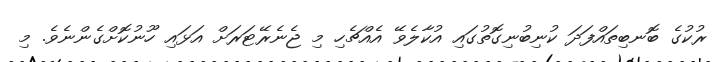
ރުކުގެ ބޮނބިތައްފަދަ ކުނިބުނިގޮތުގައި އުކާލެވޭ އެއްޗެހި މި ޖެނެރޭޓަރަށް އަޅައި ހޫނުކޮށްގެންނެވެ. މި